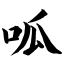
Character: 呱